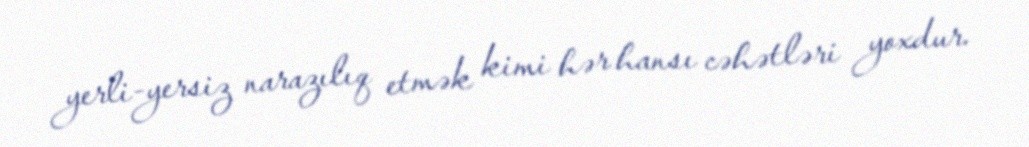
yerli-yersiz narazılıq etmək kimi hər hansı cəhətləri yoxdur.